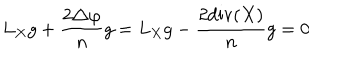
L _ { X } g + { \frac { 2 \triangle \varphi } { n } } g = L _ { X } g - { \frac { 2 \mathrm { d i v } ( X ) } { n } } g = 0